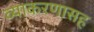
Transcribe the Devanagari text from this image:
व्याकरणासह